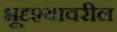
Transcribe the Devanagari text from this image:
भूदृश्यावरील